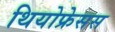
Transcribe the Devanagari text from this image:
थियोफ्रेसस